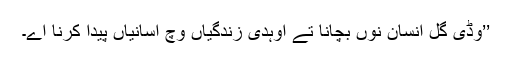
’’وڈی گل انسان نوں بچانا تے اوہدی زندگیاں وچ آسانیاں پیدا کرنا اے۔